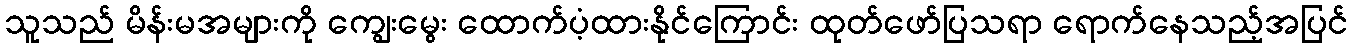
သူသည် မိန်းမအများကို ကျွေးမွေး ထောက်ပံ့ထားနိုင်ကြောင်း ထုတ်ဖော်ပြသရာ ရောက်နေသည့်အပြင်